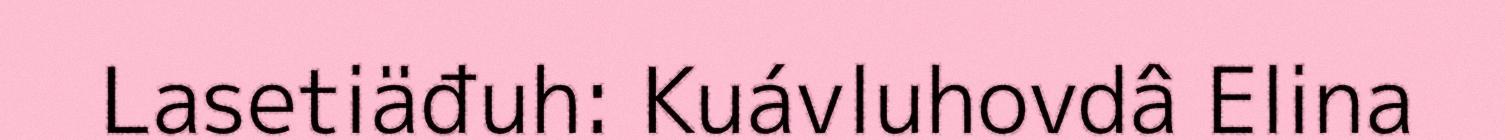
Lasetiäđuh: Kuávluhovdâ Elina